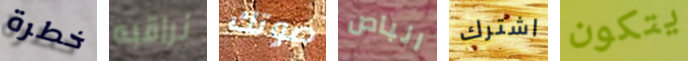
خطرة نراقبه صوتك الباص اشترك يتكون